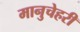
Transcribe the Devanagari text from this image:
मानुचेहरी